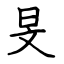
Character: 旻